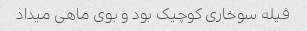
فیله سوخاری‌ کوچیک بود و بوی ماهی میداد